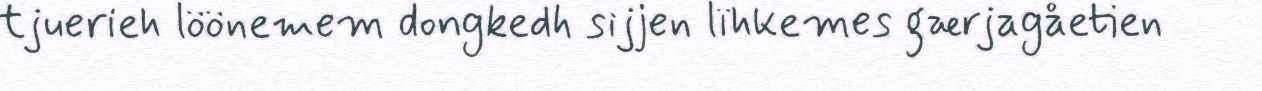
tjuerieh löönemem dongkedh sijjen lïhkemes gærjagåetien